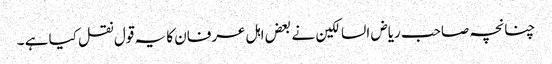
چنانچہ صاحب ریاض السالکین نے بعض اہل عرفان کا یہ قول نقل کیا ہے ۔